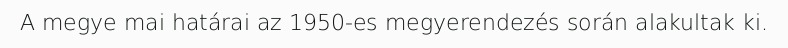
A megye mai határai az 1950-es megyerendezés során alakultak ki.